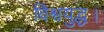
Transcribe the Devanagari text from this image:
विश्वयुद्ध।